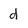
Character: d